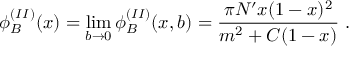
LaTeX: \phi _ { B } ^ { ( I I ) } ( x ) = \operatorname * { l i m } _ { b \to 0 } \phi _ { B } ^ { ( I I ) } ( x , b ) = \frac { \pi N ^ { \prime } x ( 1 - x ) ^ { 2 } } { m ^ { 2 } + C ( 1 - x ) } \; .